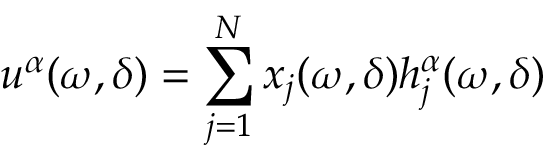
u ^ { \alpha } ( \omega , \delta ) = \sum _ { j = 1 } ^ { N } x _ { j } ( \omega , \delta ) h _ { j } ^ { \alpha } ( \omega , \delta )